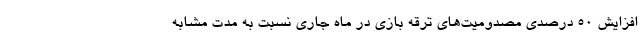
افزایش ۵۰ درصدی مصدومیت‌های ترقه بازی در ماه جاری نسبت به مدت مشابه